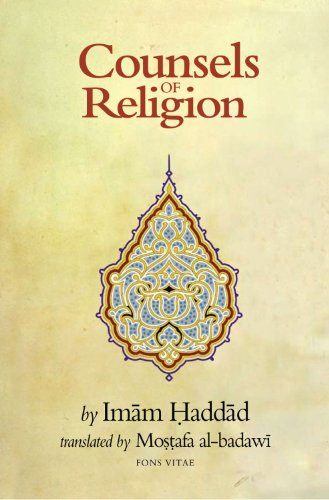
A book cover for Counsels of Religion; Imam Haddad; Religion & Spirituality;